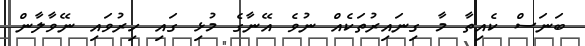
ބަނަސް ކެއިތާ މާ ގިނައިރުތަކެއް ނުވެ އޭނާގެ މުޅި ގައި ހިރުވައި ނޭވާލާން